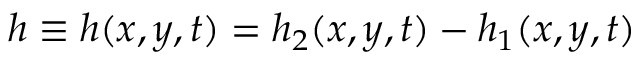
h \equiv h ( x , y , t ) = h _ { 2 } ( x , y , t ) - h _ { 1 } ( x , y , t )